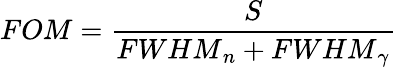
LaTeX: FOM=\frac{S}{{FWHM}_{n}+{FWHM}_{\gamma}}